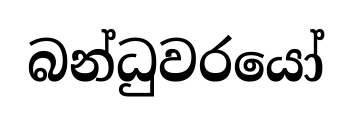
බන්ධුවරයෝ